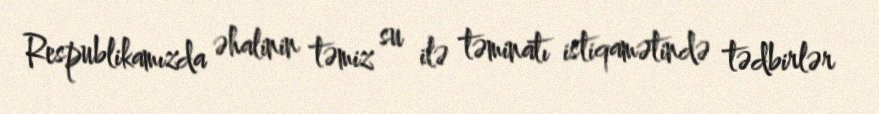
Respublikamızda əhalinin təmiz su ilə təminatı istiqamətində tədbirlər